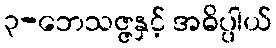
၃-ဘေသဇ္ဇနှင့် အဓိပ္ပါယ်